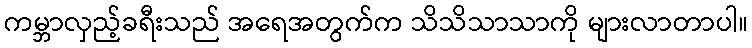
ကမ္ဘာလှည့်ခရီးသည် အရေအတွက်က သိသိသာသာကို များလာတာပါ။